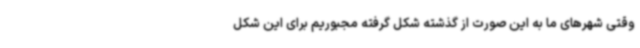
وقتی شهرهای ما به این صورت از گذشته شکل گرفته مجبوریم برای این شکل